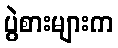
ပွဲစားများက